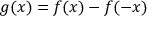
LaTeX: g ( x ) = f ( x ) - f ( - x )